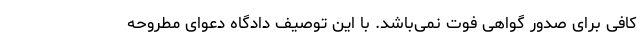
کافی برای صدور گواهی فوت نمی‌باشد. با این توصیف دادگاه دعوای مطروحه